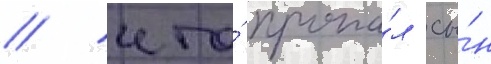
/ что́ пропа́л сы́н